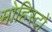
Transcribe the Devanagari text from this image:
मोहिस्टों